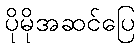
ပိုမိုအဆင်ပြေ